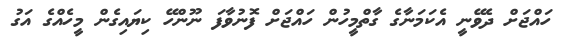
ހައްޖަށް ދެވޭނީ އެކަމަނާގެ ގާތްމީހުން ހައްޖަށް ފޮނުވާފަ ނޫންހޭ ކިޔައިގެން މީހެއްގެ އަގު